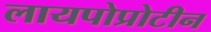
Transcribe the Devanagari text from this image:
लायपोप्रोटीन